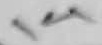
Text: 14